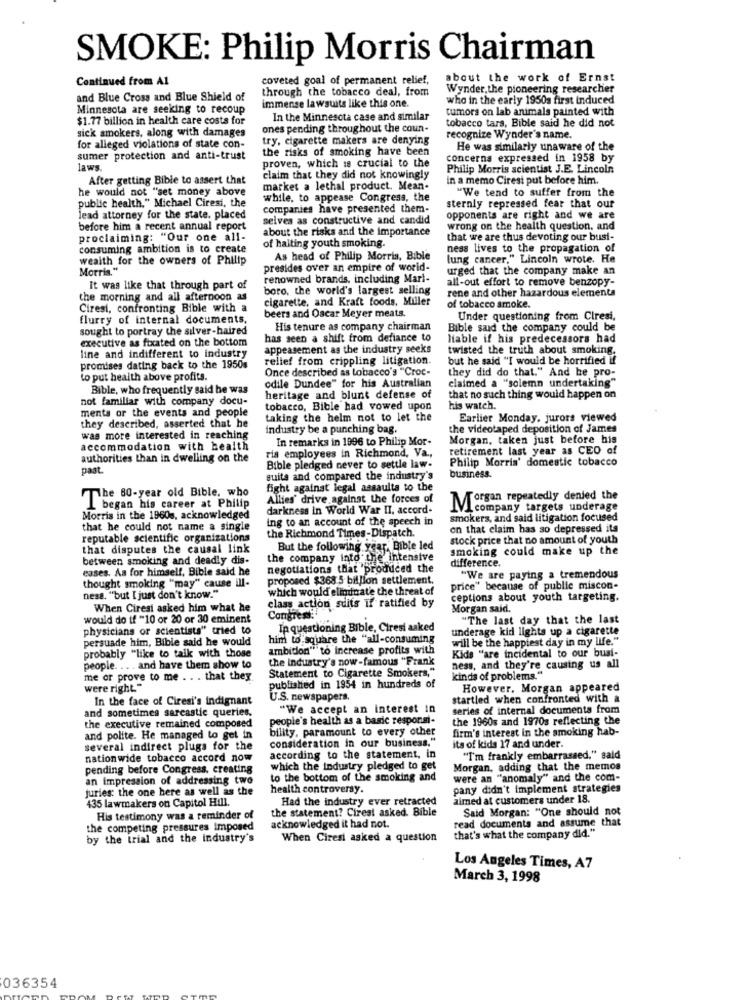
SMOKE: Philip Morris Chairman
Continued from Al
coveted goal of permanent relief,
about the work of Ernst
through the tobacco deal, from
Wynder, the pioneering researcher
and Blue Cross and Blue Shield of
immense lawsuits like this one.
who in the early 1950a first induced
Minnesota are seeking to recoup
tumors on lab animals painted with
$1.77 billion in health care costs for
In the Minnesota case and similar
sick smokers, along with damages
ones pending throughout the coun
tobacco tars, Bible said he did not
try, cigarette makers are denying
recognize Wynder's name.
for alleged violations of state con-
the risks of smoking have been
He was similarly unaware of the
sumer protection and anti-trust
concerns expressed in 1958 by
laws.
proven, which is crucial to the
Philip Morris scientist J.E. Lincoln
After getting Bible to assert that
claim that they did not knowingly
in a memo Ciresi put before him.
he would not "set money above
market a lethal product. Mean-
public health." Michael Ciresi, the
while, to appease Congress, the
"We tend to suffer from the
companies have presented them-
sternly repressed fear that our
lead attorney for the state. placed
selves as constructive and candid
opponents are right and we are
before him a recent annual report
about the risks and the importance
wrong on the health question. and
proclaiming: "Our one all-
that we are thus devoting our busi-
consuming ambition is to create
of halting youth smoking.
ness lives to the propagation of
wealth for the owners of Philip
As head of Philip Morris, Bible
lung cancer," Lincoln wrote. He
Morris."
presides over an empire of world-
urged that the company make an
renowned brands, including Marl-
all-out effort to remove benzopy-
It was like that through part of
boro, the world's largest selling
rene and other hazardous elementa
the morning and all afternoon as
cigarette, and Kraft foods, Miller
Ciresi, confronting Bible with a
beers and Oscar Meyer meats.
of tobacco smoke.
flurry of internal documents.
Under questioning from Ciresi,
sought to portray the silver-haired
His tenure as company chairman
Bible said the company could be
executive as fixated on the bottom
has seen a shift from defiance to
liable if his predecessors had
appeasement as the industry seeks
twisted the truth about smoking.
line and indifferent to industry
relief from crippling litigation.
but he said "I would be horrified if
promises dating back to the 1950s
Once described as tobacco's "Croc-
they did do that." And he pro-
to put health above profits.
claimed a "solemn undertaking"
Bible, who frequently said he was
odile Dundee" for his Australian
not familiar with company docu-
heritage and blunt defense of
that no such thing would happen on
ments or the events and people
tobacco, Bible had vowed upon
his watch.
taking the helm not to let the
Earlier Monday, jurors viewed
they described, asserted that he
industry be a punching bag.
the videotaped deposition of James
was more interested in reaching
In remarks in 1996 to Philip Mor-
Morgan, taken just before his
accommodation with health
ris employees in Richmond, Va .,
retirement last year as CEO of
authorities than in dwelling on the
Philip Morris' domestic tobacco
past.
Bible pledged never to settle law-
suite and compared the industry's
business.
fight against legal assaults to the
The 80-year old Bible, who
Allies' drive against the forces of
Forgan repeatedly denied the
I began his career at Philip
darkness in World War II, accord-
M company targets underage
Morris in the 1960s, acknowledged
ing to an account of the speech in
smokers, and said litigation focused
that he could not name a single
the Richmond Times-Dispatch.
on that claim has so depressed its
reputable scientific organizations
stock price that no amount of youth
that disputes the causal link
But the following year, Bible led
smoking could make up the
between smoking and deadly dis-
the company into the intensive
difference.
eases. As for himself, Bible said he
negotiations that 'produced the
proposed $368 5 billion settlement.
"We are paying a tremendous
thought smoking "may" cause ill-
which would eliminate the threat of
price" because of public miscon-
ness. "but I just don't know."
class action suits if ratified by
ceptions about youth targeting.
When Ciresi asked him what he
Morgan said.
would do if "10 or 20 or 30 eminent
Congress:
"The last day that the last
physicians or scientists" tried to
Ip questioning Bible, Ciresi asked
underage kid lights up a cigarette
persuade him, Bible said he would
him to square the "all-consuming
will be the happiest day in my life."
probably "like to talk with those
ambition"" to increase profits with
the Industry's now-famous "Frank
Kids "are incidental to our busi-
people. ... and have them show to
Statement to Cigarette Smokers,"
ness, and they're causing us all
me or prove to me . . . that they
kinds of problems."
were right."
published in 1954 in hundreds of
However, Morgan appeared
In the face of Ciresi's indignant
U.S. newspapers.
startled when confronted with a
"We accept an interest in
series of internal documents from
and sometimes sarcastic queries.
people's health as a basic respons-
the 1960s and 1970s reflecting the
the executive remained composed
bility, paramount to every other
firm's interest in the smoking hab-
and polite. He managed to get in
consideration in our business."
its of kids 17 and under.
several indirect plugs for the
nationwide tobacco accord now
according to the statement, in
"I'm frankly embarrassed," said
pending before Congress, creating
which the industry pledged to get
Morgan, adding that the memos
an impression of addressing two
to the bottom of the smoking and
were an "anomaly" and the com-
juries the one here as well as the
health controversy.
pany didn't implement strategies
435 lawmakers on Capitol Hill.
Had the industry ever retracted
aimed at customers under 18.
Said Morgan: "One should not
His testimony was a reminder of
the statement? Cirest asked. Bible
read documents and assume that
the competing pressures imposed
acknowledged it had not.
that's what the company did."
by the trial and the industry's
When Ciresi asked a question
Los Angeles Times, A7
March 3, 1998
036354